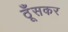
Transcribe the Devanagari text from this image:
ठूँसकर